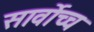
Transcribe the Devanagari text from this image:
सार्वोच्च